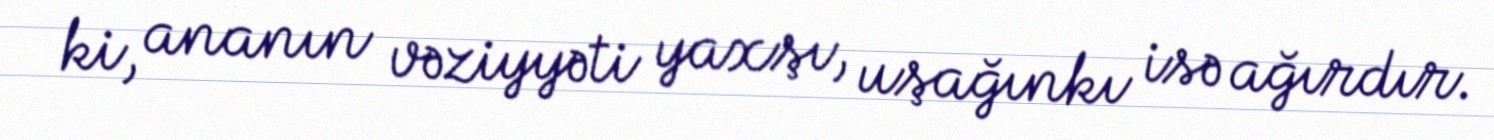
ki, ananın vəziyyəti yaxşı, uşağınkı isə ağırdır.